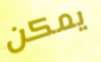
يمكن